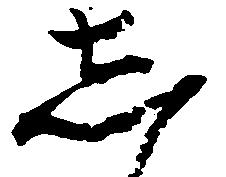
し